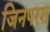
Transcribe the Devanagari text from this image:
जिनपरश्